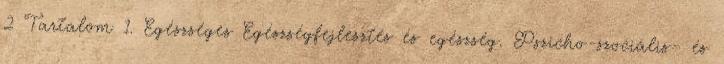
2 Tartalom 1. Egészséges Egészségfejlesztés és egészség. Pszicho-szociális- és